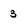
Character: 3